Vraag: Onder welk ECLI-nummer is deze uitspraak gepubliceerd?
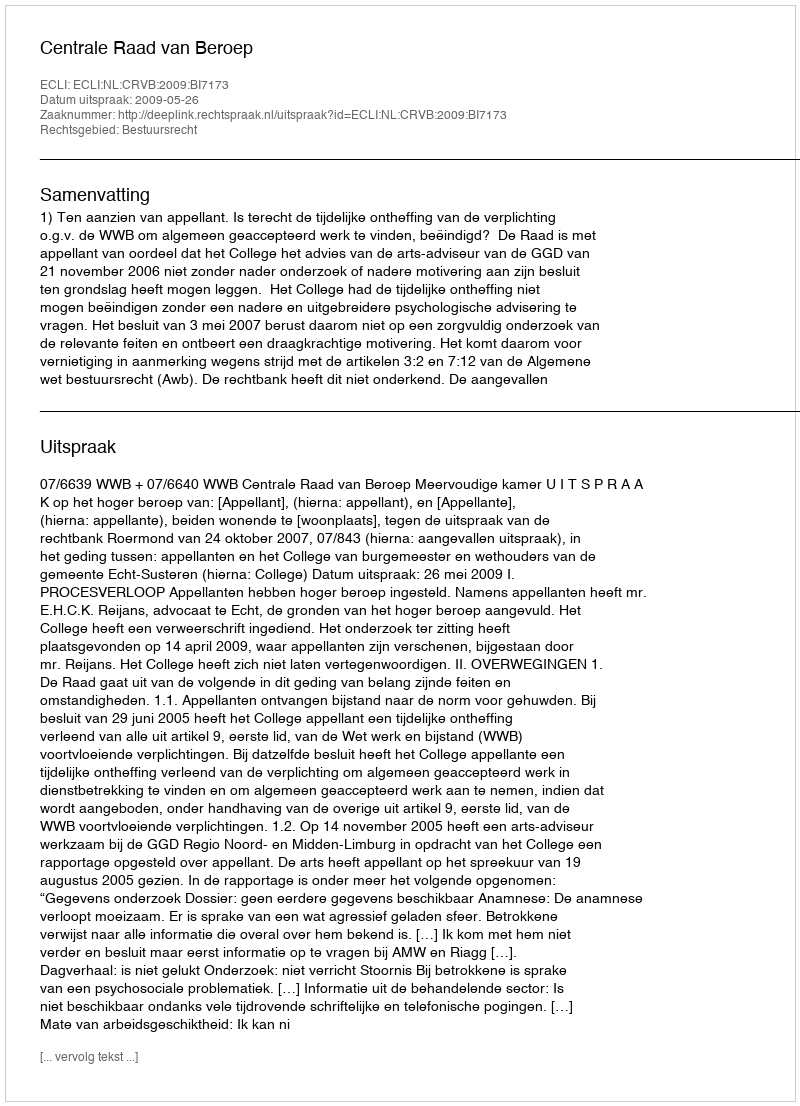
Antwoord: ECLI:NL:CRVB:2009:BI7173